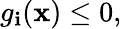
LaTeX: g_{\mathbf{i}}(\mathbf{{x}})\leq0,